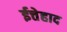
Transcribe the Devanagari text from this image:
ईत्तेहाद